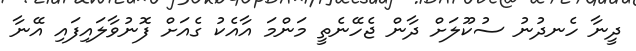
ދީނާ ހެނދުނު ސުކޫލަށް ދާން ޖެހޭނެތީ މަންމަ އާއެކު ގެއަށް ފޮނުވާލައިފައި އޭނާ